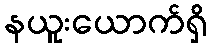
နယူးယောက်ရှိ